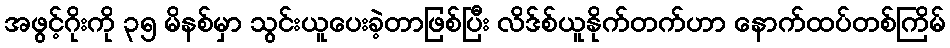
အဖွင့်ဂိုးကို ၃၅ မိနစ်မှာ သွင်းယူပေးခဲ့တာဖြစ်ပြီး လိဒ်စ်ယူနိုက်တက်ဟာ နောက်ထပ်တစ်ကြိမ်